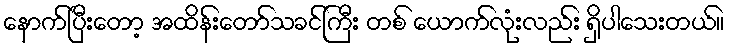
နောက်ပြီးတော့ အထိန်းတော်သခင်ကြီး တစ် ယောက်လုံးလည်း ရှိပါသေးတယ်။